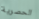
الحصرية